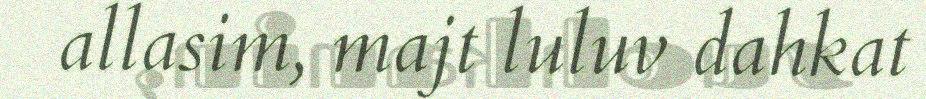
allasim, majt luluv dahkat